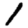
Digit: 1